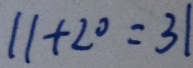
1 1 + 2 0 = 3 1